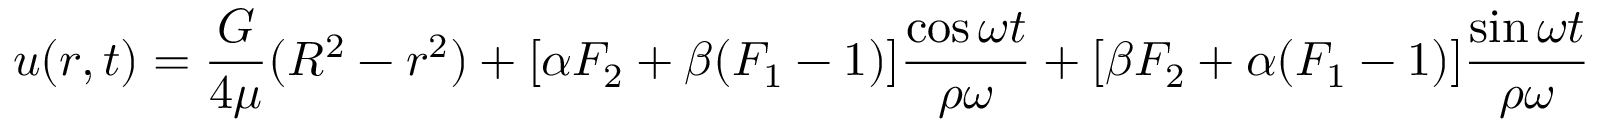
u ( r , t ) = { \frac { G } { 4 \mu } } ( R ^ { 2 } - r ^ { 2 } ) + [ \alpha F _ { 2 } + \beta ( F _ { 1 } - 1 ) ] { \frac { \cos \omega t } { \rho \omega } } + [ \beta F _ { 2 } + \alpha ( F _ { 1 } - 1 ) ] { \frac { \sin \omega t } { \rho \omega } }